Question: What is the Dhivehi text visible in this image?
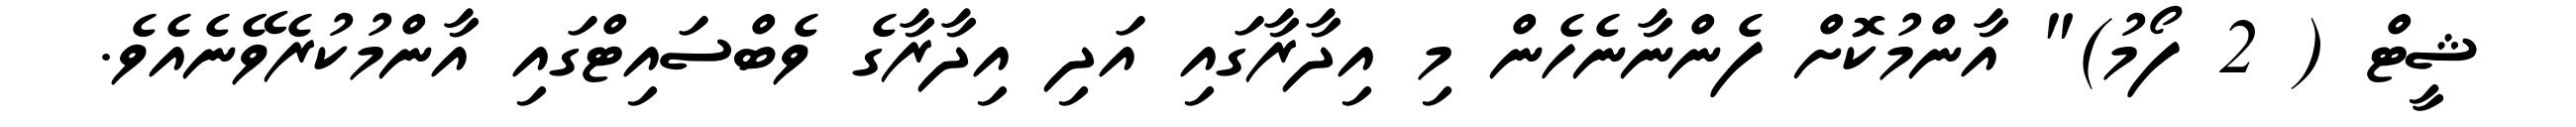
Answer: ޝީޓް ( 2 ފޯމު)" އާންމުކޮށް ފެންނާނެހެން މި އިދާރާގައި އަދި އިދާރާގެ ވެބްސައިޓްގައި އާންމުކުރެވޭނެއެވެ.